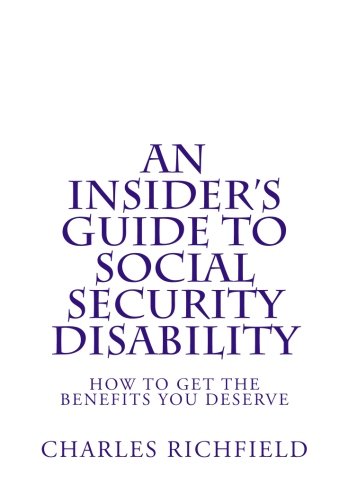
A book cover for An Insider's Guide to Social Security Disability: How To Get The Benefits You Deserve; Charles Richfield; Law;